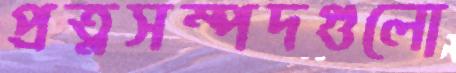
প্রত্নসম্পদগুলো